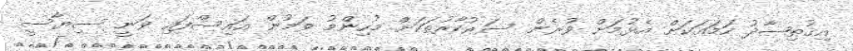
އިޤުތިޞާދު ހަމައަކަށް އެޅުމަށް ވުރެން ސަރުކާރުތަކަށް މުހިންމު ވަމުން އައިސްފައި ވަނީ ސިޔާސީ